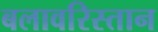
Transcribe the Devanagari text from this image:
बलावरिस्तान